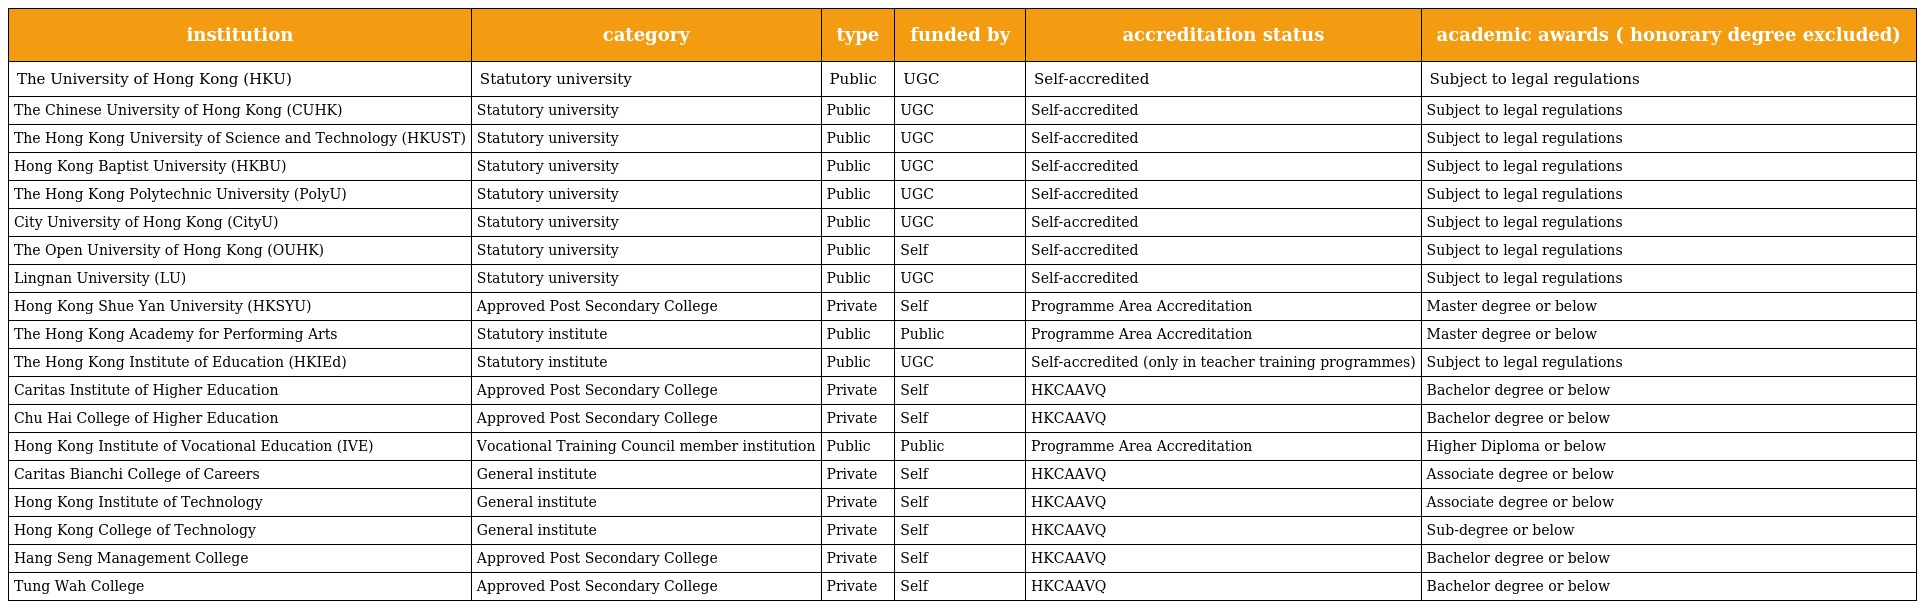
| institution | category | type | funded by | accreditation status | academic awards ( honorary degree excluded) |
 | --- | --- | --- | --- | --- | --- |
 | The University of Hong Kong (HKU) | Statutory university | Public | UGC | Self-accredited | Subject to legal regulations |
 | The Chinese University of Hong Kong (CUHK) | Statutory university | Public | UGC | Self-accredited | Subject to legal regulations |
 | The Hong Kong University of Science and Technology (HKUST) | Statutory university | Public | UGC | Self-accredited | Subject to legal regulations |
 | Hong Kong Baptist University (HKBU) | Statutory university | Public | UGC | Self-accredited | Subject to legal regulations |
 | The Hong Kong Polytechnic University (PolyU) | Statutory university | Public | UGC | Self-accredited | Subject to legal regulations |
 | City University of Hong Kong (CityU) | Statutory university | Public | UGC | Self-accredited | Subject to legal regulations |
 | The Open University of Hong Kong (OUHK) | Statutory university | Public | Self | Self-accredited | Subject to legal regulations |
 | Lingnan University (LU) | Statutory university | Public | UGC | Self-accredited | Subject to legal regulations |
 | Hong Kong Shue Yan University (HKSYU) | Approved Post Secondary College | Private | Self | Programme Area Accreditation | Master degree or below |
 | The Hong Kong Academy for Performing Arts | Statutory institute | Public | Public | Programme Area Accreditation | Master degree or below |
 | The Hong Kong Institute of Education (HKIEd) | Statutory institute | Public | UGC | Self-accredited (only in teacher training programmes) | Subject to legal regulations |
 | Caritas Institute of Higher Education | Approved Post Secondary College | Private | Self | HKCAAVQ | Bachelor degree or below |
 | Chu Hai College of Higher Education | Approved Post Secondary College | Private | Self | HKCAAVQ | Bachelor degree or below |
 | Hong Kong Institute of Vocational Education (IVE) | Vocational Training Council member institution | Public | Public | Programme Area Accreditation | Higher Diploma or below |
 | Caritas Bianchi College of Careers | General institute | Private | Self | HKCAAVQ | Associate degree or below |
 | Hong Kong Institute of Technology | General institute | Private | Self | HKCAAVQ | Associate degree or below |
 | Hong Kong College of Technology | General institute | Private | Self | HKCAAVQ | Sub-degree or below |
 | Hang Seng Management College | Approved Post Secondary College | Private | Self | HKCAAVQ | Bachelor degree or below |
 | Tung Wah College | Approved Post Secondary College | Private | Self | HKCAAVQ | Bachelor degree or below |